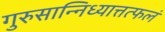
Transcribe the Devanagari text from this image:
गुरुसान्निध्यात्तत्फलं